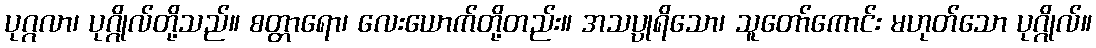
ပုဂ္ဂလာ၊ ပုဂ္ဂိုလ်တို့သည်။ စတ္တာရော၊ လေးယောက်တို့တည်း။ အသပ္ပုရိသော၊ သူတော်ကောင်း မဟုတ်သော ပုဂ္ဂိုလ်။